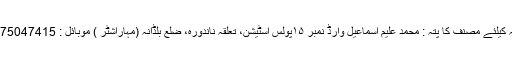
رابطہ کیلئے مصنف کا پتہ : محمد علیم اسماعیل وارڈ نمبر ۱۵پولس اسٹیشن، تعلقہ ناندورہ، ضلع بلڈانہ (مہاراشٹر ) موبائل : 08275047415